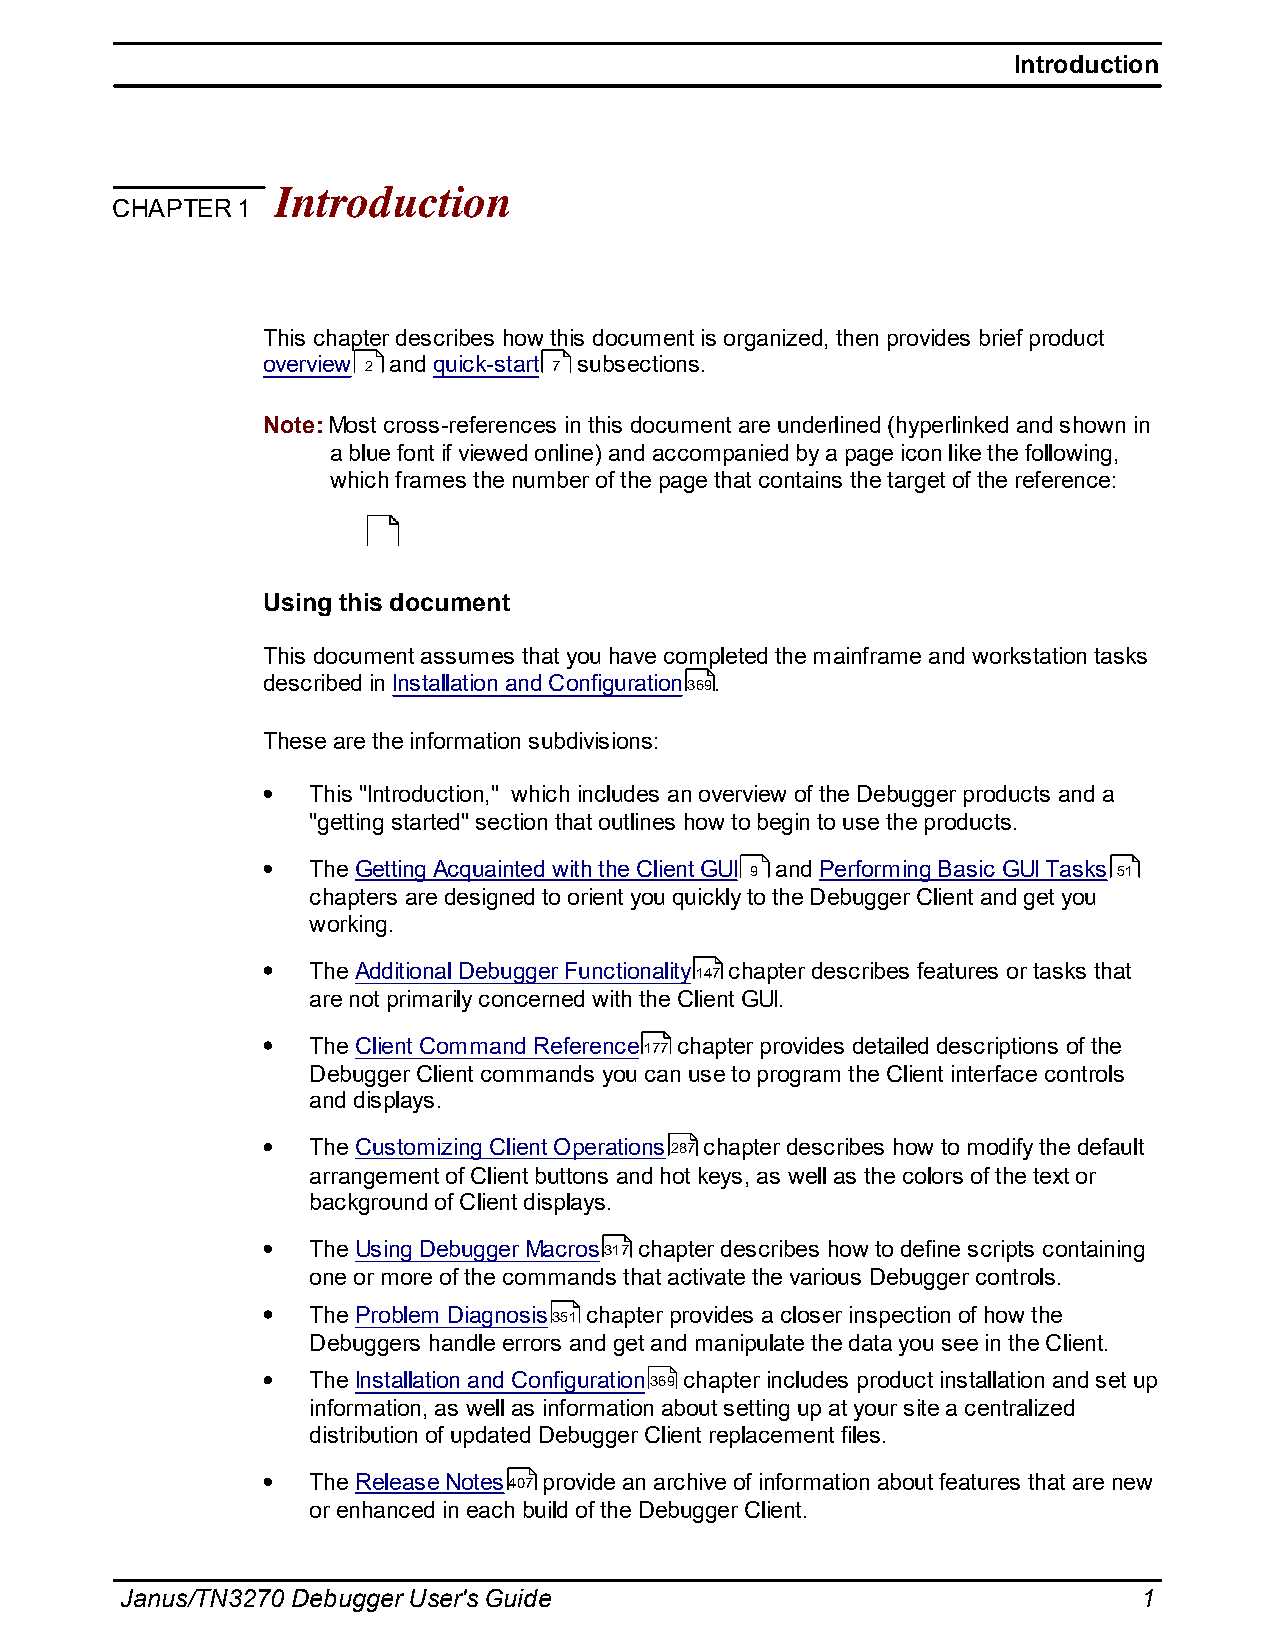
Introduction
 Introduction
 CHAPTER  1
 This chapter describes how this document is organized, then provides brief product
 overview 2 and quick-start 7 subsections.
 Note: Most cross-references in this document are underlined (hyperlinked and shown in
 a blue font if viewed online) and accompanied by a page icon like the following,
 which frames the number of the page that contains the target of the reference:
 Using this document
 This document assumes that you have completed the mainframe and workstation tasks
 described in Installation and Configuration369.
 These are the information subdivisions:
 This "Introduction," which includes an overview of the Debugger products and a
 "getting started" section that outlines how to begin to use the products.
 The Getting Acquainted with the Client GUI 9 and Performing Basic GUI Tasks 51
 chapters are designed to orient you quickly to the Debugger Client and get you
 working.
 The Additional Debugger Functionality147 chapter describes features or tasks that
 are not primarily concerned with the Client GUI.
 The Client Command Reference177 chapter provides detailed descriptions of the
 Debugger Client commands you can use to program the Client interface controls
 and displays.
 The Customizing Client Operations287 chapter describes how to modify the default
 arrangement of Client buttons and hot keys, as well as the colors of the text or
 background of Client displays.
 The Using Debugger Macros317 chapter describes how to define scripts containing
 one or more of the commands that activate the various Debugger controls.
 The Problem Diagnosis351 chapter provides a closer inspection of how the
 Debuggers handle errors and get and manipulate the data you see in the Client.
 The Installation and Configuration369 chapter includes product installation and set up
 information, as well as information about setting up at your site a centralized
 distribution of updated Debugger Client replacement files.
 The Release Notes407 provide an archive of information about features that are new
 or enhanced in each build of the Debugger Client.
 Janus/TN3270 Debugger User's Guide                                  1